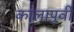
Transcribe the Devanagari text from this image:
कालापूर्वी